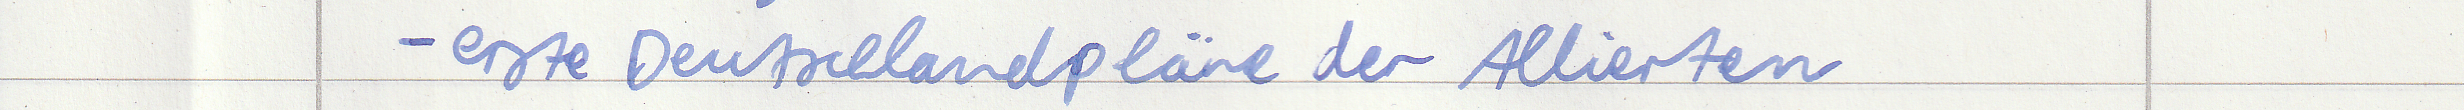
- erste Deutschlandpläne der Allierten